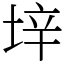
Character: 垶